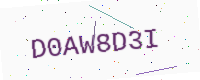
Text: D0AW8D3I